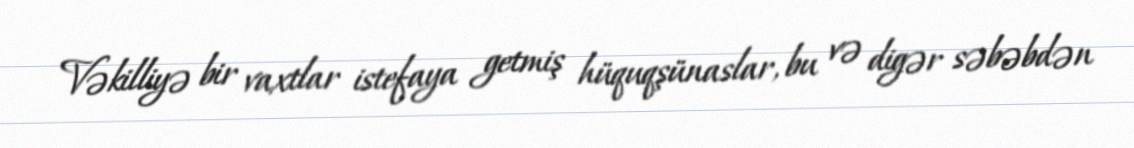
Vəkilliyə bir vaxtlar istefaya getmiş hüquqşünaslar, bu və digər səbəbdən